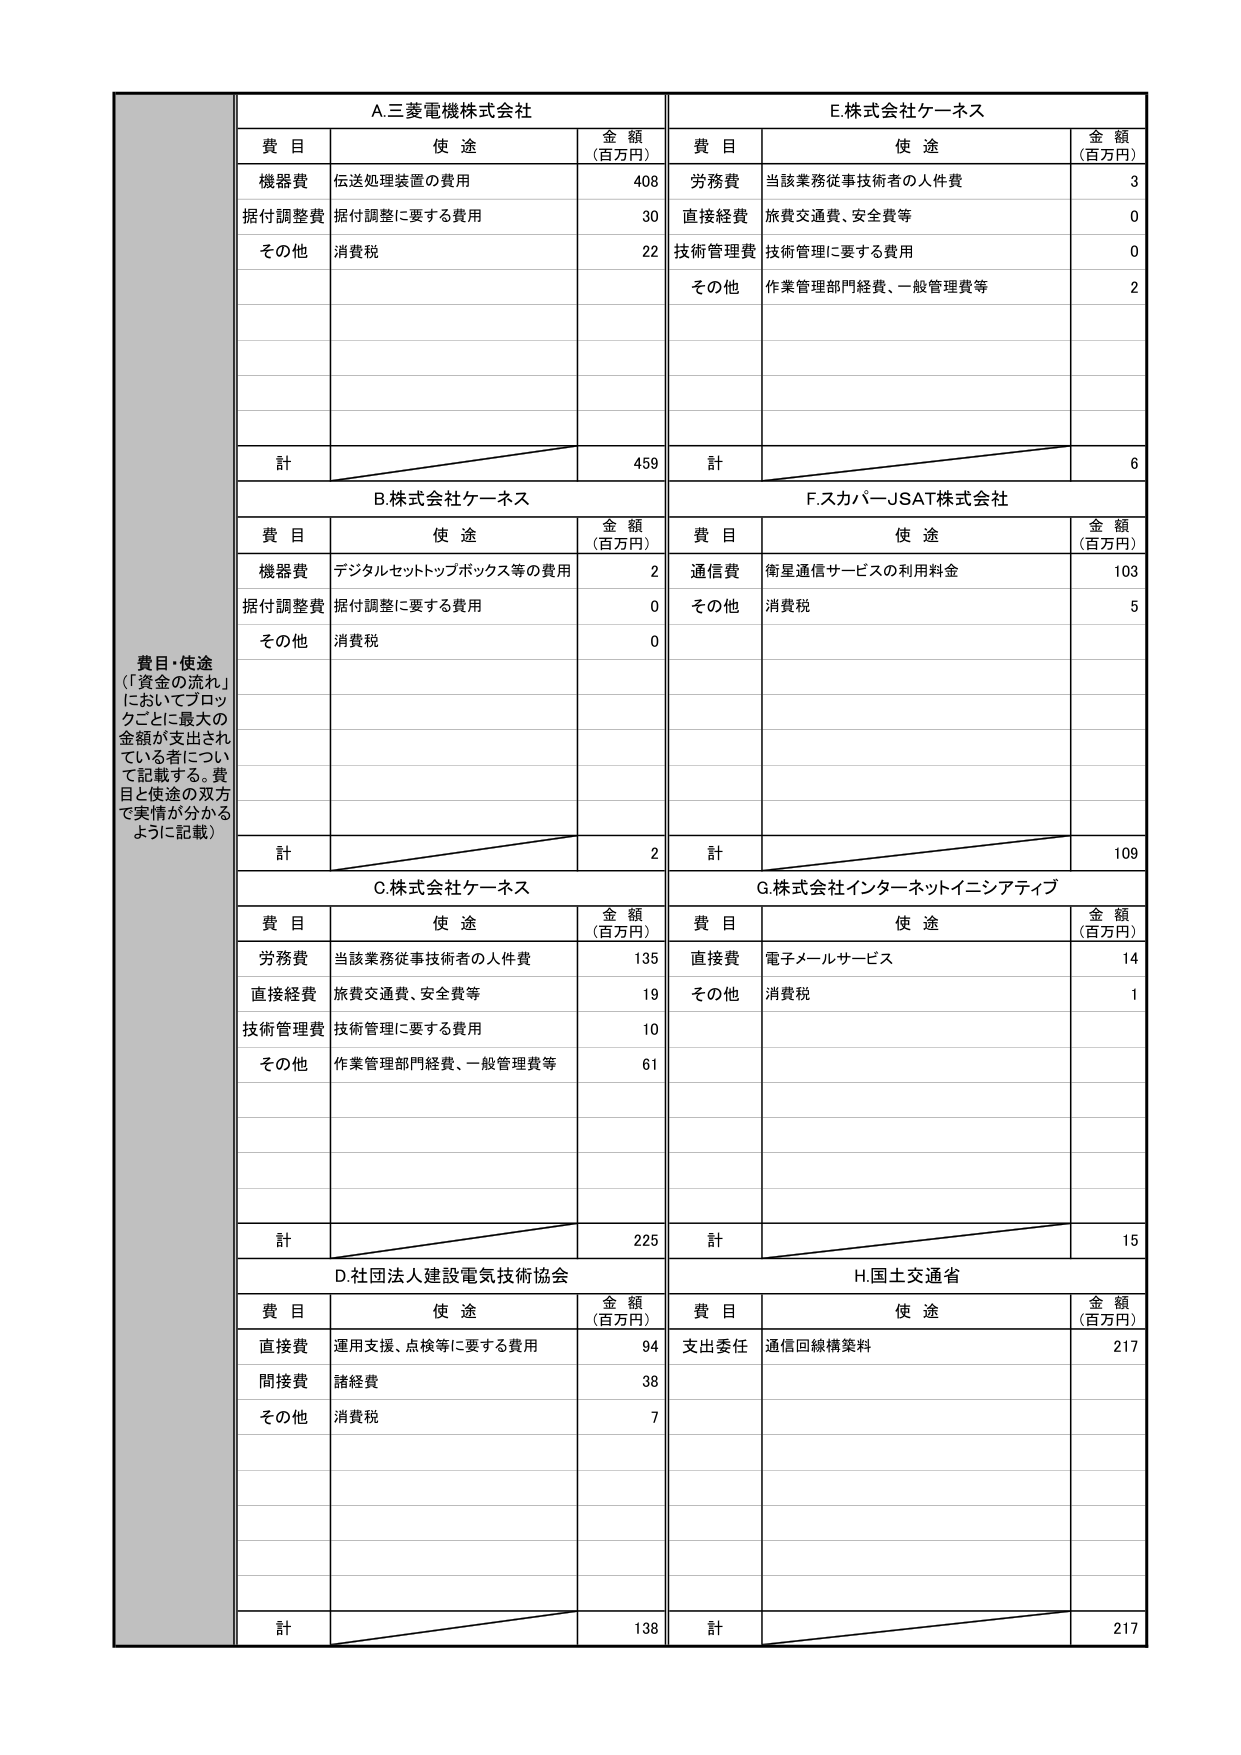
費目・使途
（「資金の流れ」
においてブロッ
クごとに最大の
金額が支出され
ている者につい
て記載する。費
目と使途の双方
で実情が分かる
ように記載）

A.三菱電機株式会社
費目 使途 金額（百万円）
機器費 伝送処理装置の費用 408
据付調整費 据付調整に要する費用 30
その他 消費税 22
計 459

B.株式会社ケーエス
費目 使途 金額（百万円）
機器費 デジタルセットトップボックス等の費用 2
据付調整費 据付調整に要する費用 0
その他 消費税 0
計 2

C.株式会社ケーエス
費目 使途 金額（百万円）
労務費 当該業務従事技術者の人件費 135
直接経費 旅費交通費、安全費等 19
技術管理費 技術管理に要する費用 10
その他 作業管理部門経費、一般管理費等 61
計 225

D.社団法人建設電気技術協会
費目 使途 金額（百万円）
直接費 運用支援、点検等に要する費用 94
間接費 諸経費 38
その他 消費税 7
計 138

E.株式会社ケーエス
費目 使途 金額（百万円）
労務費 当該業務従事技術者の人件費 3
直接経費 旅費交通費、安全費等 0
技術管理費 技術管理に要する費用 0
その他 作業管理部門経費、一般管理費等 2
計 6

F.スカパーJSAT株式会社
費目 使途 金額（百万円）
通信費 衛星通信サービスの利用料金 103
その他 消費税 5
計 109

G.株式会社インターネットイニシアティブ
費目 使途 金額（百万円）
直接費 電子メールサービス 14
その他 消費税 1
計 15

H.国土交通省
費目 使途 金額（百万円）
支出委任 通信回線構築料 217
計 217